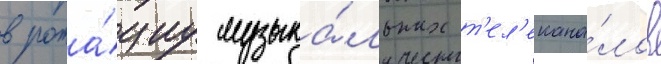
в рота́циу музыка́льных т'ел'екана́лов